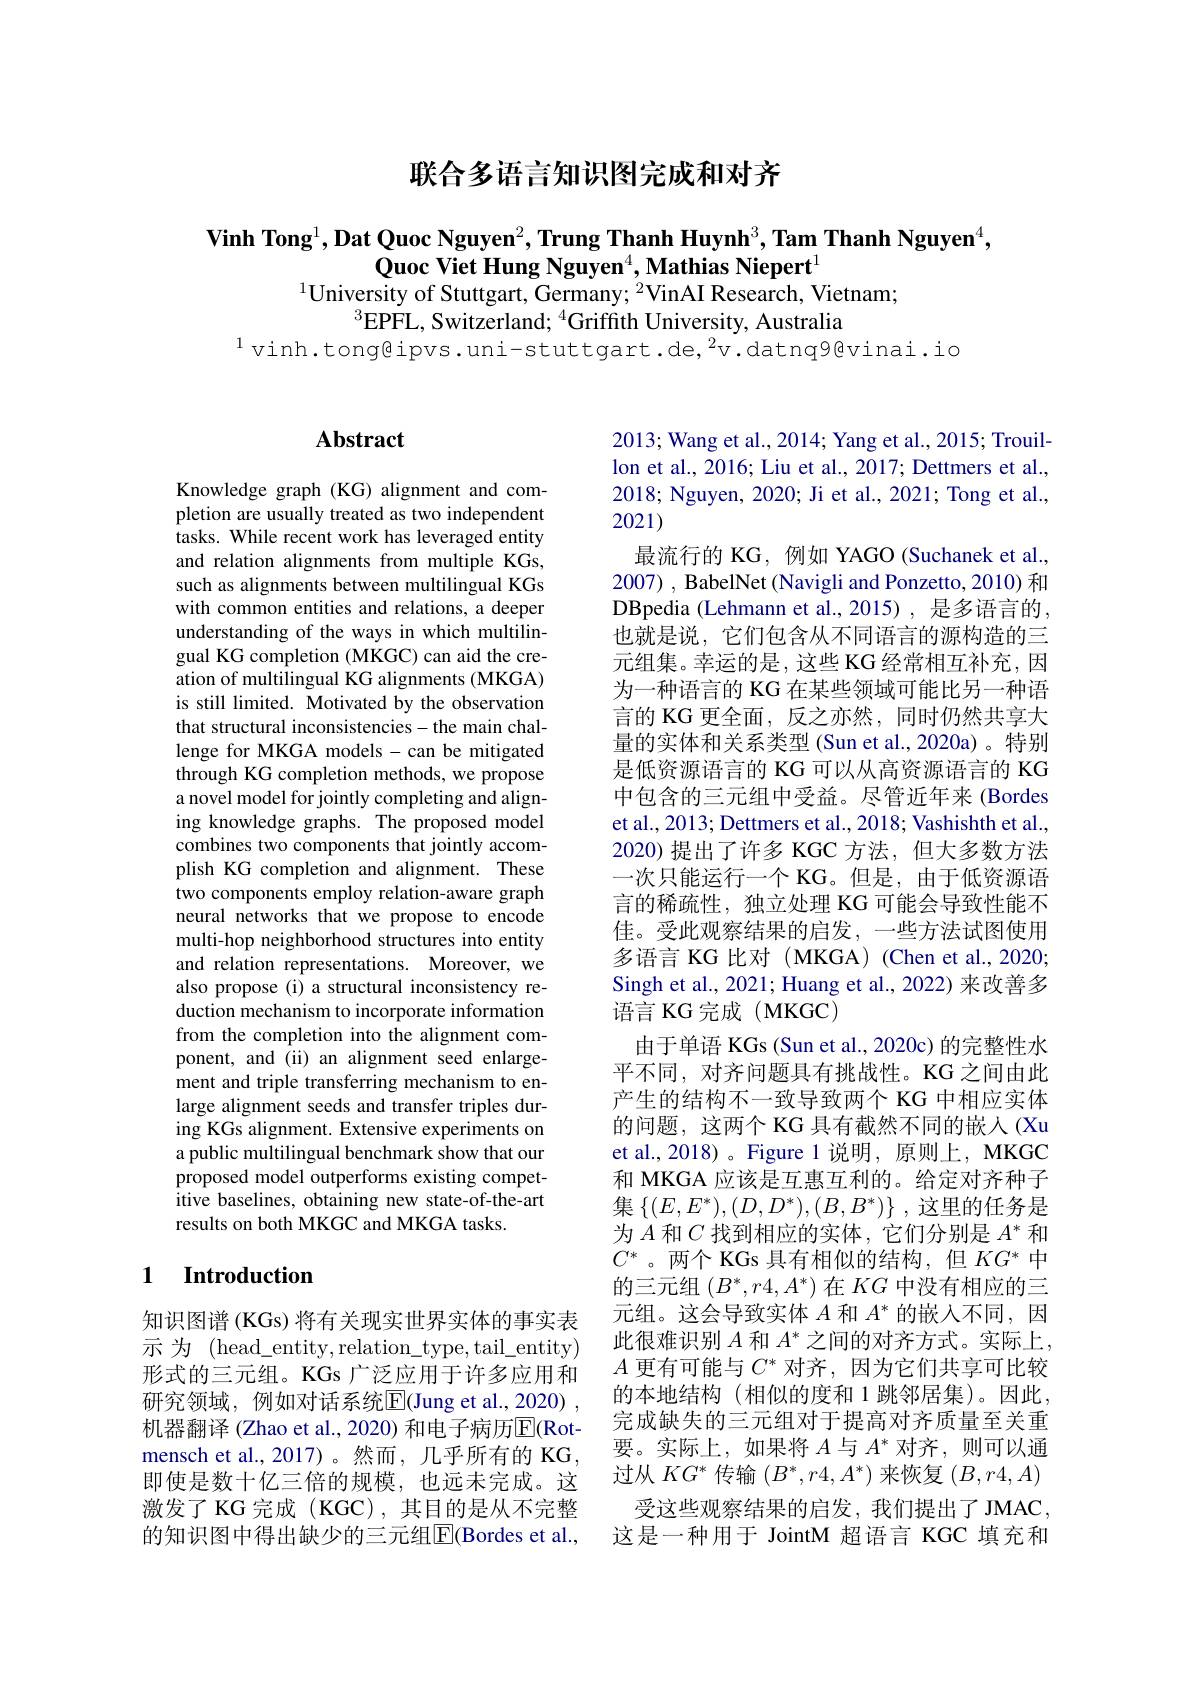
联合多语言知识图完成和对齐

$\textbf{Vinh Tong}^1,\textbf{Dat Quoc Nguyen}^2,\textbf{Trung Thanh Huynh}^3,\textbf{Tam Thanh Nguyen}^4$,
$\textbf{Quoc Viet Hung Nguyen}^{4},\textbf{Mathias Niepert}^{1}$
$^{1}$University of Stuttgart, Germany; $^2$VinAI Research, Vietnam;
$^{3}\dot{\mathrm{EPFL,~Switzerland;~}}^{4}\dot{\mathrm{Griffith~University,~Australia}}$

$^{1}$vinh.tong@ipvs.uni-stuttgart.de,$^{2}$v.datnq9@vinai.io

## $\mathbf{Abstract}$

Knowledge graph (KG) alignment and completion are usually treated as two independent $\dot{\text{tasks. While recent work has leveraged entity}}$ and relation alignments from multiple KGs, such as alignments between multilingual KGs with common entities and relations, a deeper understanding of the ways in which multilingual KG completion (MKGC) can aid the creation of multilingual KG alignments (MKGA) is still limited. Motivated by the observation that structural inconsistencies-the main challenge for MKGA models- can be mitigated through KG completion methods, we propose a novel model for jointly completing and aligning knowledge graphs. The proposed model combines two components that jointly accomplish KG completion and alignment. These two components employ relation-aware graph neural networks that we propose to encode multi-hop neighborhood structures into entity and relation representations. Moreover, we also propose (i) a structural inconsistency reduction mechanism to incorporate information from the completion into the alignment component, and (ii) an alignment seed enlargement and triple transferring mechanism to enlarge alignment seeds and transfer triples during KGs alignment. Extensive experiments on a public multilingual benchmark show that our proposed model outperforms existing competitive baselines, obtaining new state-of-the-art results on both MKGC and MKGA tasks.

## 1 Introduction

知识图谱(KGs) 将有关现实世界实体的事实表示 为 (head\_entity,relation\_type,tail\_entity) 形式的三元组。KGs 广泛应用于许多应用和研究领域，例如对话系统$\overline{\mathrm{E}}($Jung et al.,2020) , 机器翻译 (Zhao et al., 2020) 和电子病历$\overline{\mathrm{E}}($Rotmensch et al.,2017)。然而，几乎所有的 KG, 即使是数十亿三倍的规模，也远未完成。这激发了 KG 完成 (KGC),其目的是从不完整的知识图中得出缺少的三元组$\overline{\mathbb{E}}($Bordes et al.,

2013; Wang et al., 2014; Yang et al., 2015; Trouillon et al., 2016; Liu et al., 2017; Dettmers et al., 2018; Nguyen, 2020; Ji et al., 2021; Tong et al., 2021)
最流行的 KG, 例如 YAGO (Suchanek et al., 2007) , BabelNet (Navigli and Ponzetto, 2010) 和DBpedia (Lehmann et al.,2015) ,是多语言的， 也就是说，它们包含从不同语言的源构造的三元组集。幸运的是，这些 KG 经常相互补充，因为一种语言的 KG 在某些领域可能比另一种语言的 KG 更全面，反之亦然，同时仍然共享大量的实体和关系类型 (Sun et al.,2020a)。特别是低资源语言的 KG 可以从高资源语言的 KG 中包含的三元组中受益。尽管近年来 (Bordes et al., 2013; Dettmers et al., 2018; Vashishth et al., 2020)提出了许多 KGC 方法，但大多数方法一次只能运行一个 KG。但是，由于低资源语言的稀疏性，独立处理 KG 可能会导致性能不佳。受此观察结果的启发，一些方法试图使用多语言 KG 比对 (MKGA) (Chen et al., 2020; Singh et al., 2021; Huang et al., 2022) 来改善多语言 KG 完成(MKGC)
由于单语 KGs (Sun et al., 2020c) 的完整性水平不同，对齐问题具有挑战性。KG 之间由此产生的结构不一致导致两个 KG 中相应实体的问题，这两个 KG 具有截然不同的嵌人 (Xu et al.,2018)。Figure 1 说明，原则上，MKGC 和 MKGA 应该是互惠互利的。给定对齐种子集$\left\{(E,E^*),(D,D^*),(B,B^*)\right\}$,这里的任务是为$A$和$C$找到相应的实体，它们分别是$A^*$和$C^*$。两个 KGs 具有相似的结构，但$KG^*$中的三元组$(B^*,r4,A^*)$在$KG$中没有相应的三元组。这会导致实体$A$和$A^*$的嵌入不同，因此很难识别$A$和$A^*$之间的对齐方式。实际上， $A$更有可能与$C^*$对齐，因为它们共享可比较的本地结构 (相似的度和 1 跳邻居集)。因此， 完成缺失的三元组对于提高对齐质量至关重要。实际上，如果将$A$与$A^*$对齐，则可以通过从$KG^*$传输$(B^*,r4,A^*)$来恢复$(B,r4,A)$
受这些观察结果的启发，我们提出了 JMAC. 这是一种用于 JointM 超语言 KGC 填充和